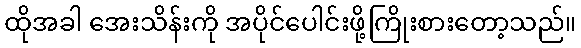
ထိုအခါ အေးသိန်းကို အပိုင်ပေါင်းဖို့ကြိုးစားတော့သည်။